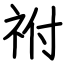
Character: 祔